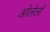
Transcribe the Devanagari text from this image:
ओलेलो